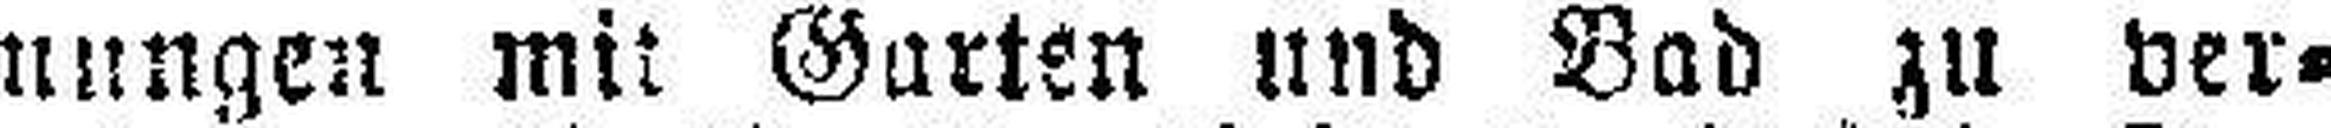
nungen mit Garten und Bad zu ver¬